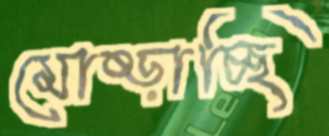
মোষ্‌ড়াচ্ছি